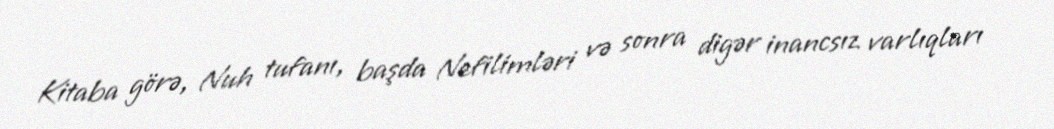
Kitaba görə, Nuh tufanı, başda Nefilimləri və sonra digər inancsız varlıqları